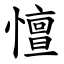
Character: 憻